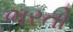
ભરતો